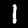
Digit: 1